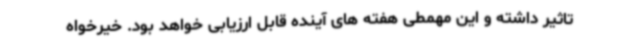
تاثیر داشته و این مهمطی هفته های آینده قابل ارزیابی خواهد بود. خیرخواه